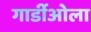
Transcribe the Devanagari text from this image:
गार्डीओला